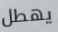
يهطل